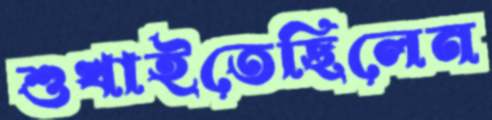
শুখাইতেছিলেন